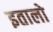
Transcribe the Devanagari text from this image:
इतालो